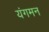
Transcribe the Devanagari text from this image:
यंगमन